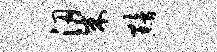
梁黯